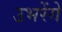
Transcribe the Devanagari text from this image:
उभरेंगे